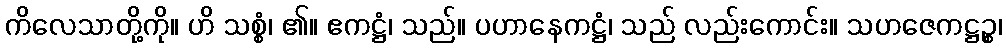
ကိလေသာတို့ကို။ ဟိ သစ္စံ၊ ၏။ ဧကဋ္ဌံ၊ သည်။ ပဟာနေကဋ္ဌံ၊ သည် လည်းကောင်း။ သဟဇေကဋ္ဌဉ္စ၊